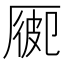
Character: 𠪍